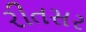
રીતસર